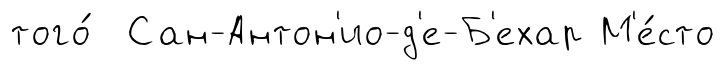
того́ Сан-Антон'ио-д'е-Б'ехар М'е́сто